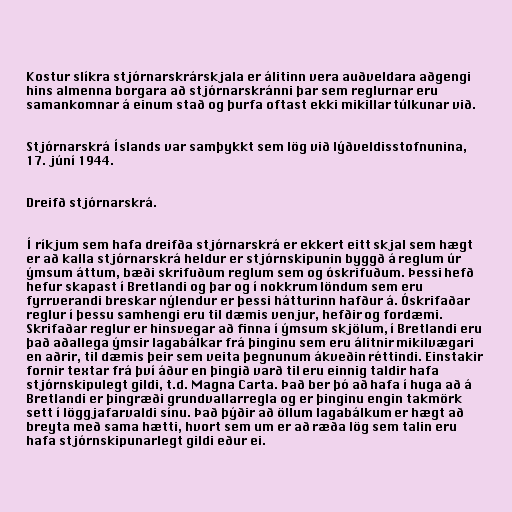
Kostur slíkra stjórnarskrárskjala er álitinn vera auðveldara aðgengi
hins almenna borgara að stjórnarskránni þar sem reglurnar eru
samankomnar á einum stað og þurfa oftast ekki mikillar túlkunar við.

Stjórnarskrá Íslands var samþykkt sem lög við lýðveldisstofnunina,
17. júní 1944.

Dreifð stjórnarskrá.

Í ríkjum sem hafa dreifða stjórnarskrá er ekkert eitt skjal sem hægt
er að kalla stjórnarskrá heldur er stjórnskipunin byggð á reglum úr
ýmsum áttum, bæði skrifuðum reglum sem og óskrifuðum. Þessi hefð
hefur skapast í Bretlandi og þar og í nokkrum löndum sem eru
fyrrverandi breskar nýlendur er þessi hátturinn hafður á. Óskrifaðar
reglur í þessu samhengi eru til dæmis venjur, hefðir og fordæmi.
Skrifaðar reglur er hinsvegar að finna í ýmsum skjölum, í Bretlandi eru
það aðallega ýmsir lagabálkar frá þinginu sem eru álitnir mikilvægari
en aðrir, til dæmis þeir sem veita þegnunum ákveðin réttindi. Einstakir
fornir textar frá því áður en þingið varð til eru einnig taldir hafa
stjórnskipulegt gildi, t.d. Magna Carta. Það ber þó að hafa í huga að á
Bretlandi er þingræði grundvallarregla og er þinginu engin takmörk
sett í löggjafarvaldi sínu. Það þýðir að öllum lagabálkum er hægt að
breyta með sama hætti, hvort sem um er að ræða lög sem talin eru
hafa stjórnskipunarlegt gildi eður ei.